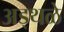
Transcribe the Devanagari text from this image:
अड्थळे